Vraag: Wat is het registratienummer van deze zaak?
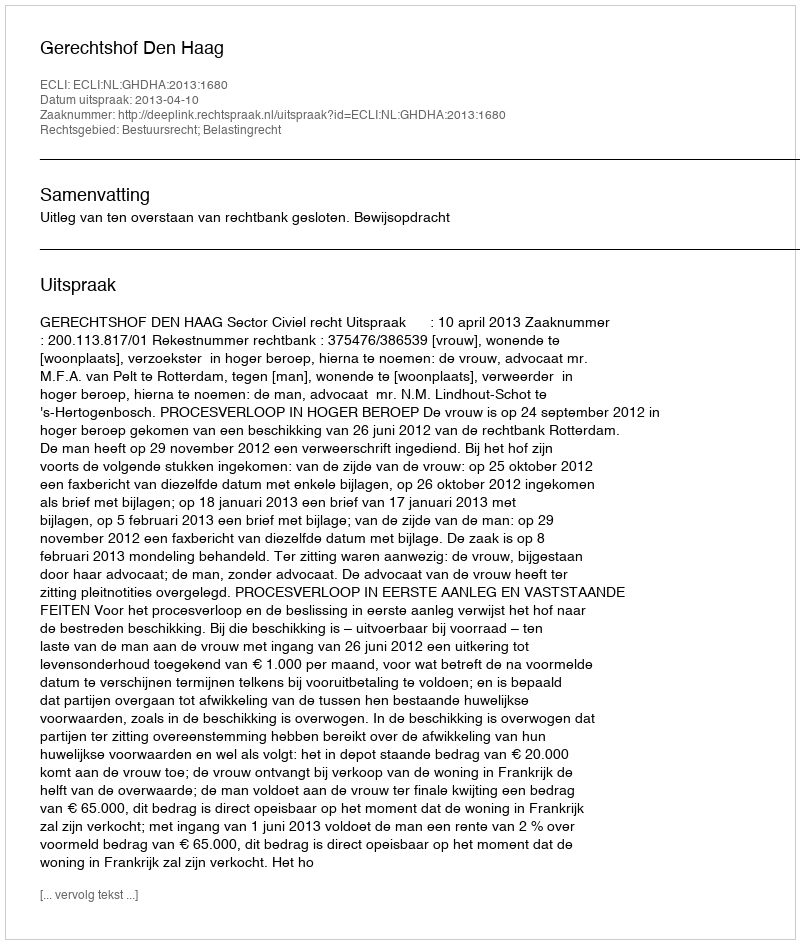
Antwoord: http://deeplink.rechtspraak.nl/uitspraak?id=ECLI:NL:GHDHA:2013:1680